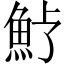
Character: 𩵿